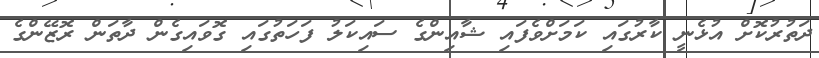
ދަތުރުކޮށް އުޅެނީ ކާރުގައި ކަމަށްވެފައި ޝާއިންގެ ސައިކަލު ފަހަތުގައި ގޮވައިގެން ދާތަން ރޮޒޭންގެ